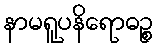
နာမရူပနိရောဓဉ္စ